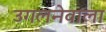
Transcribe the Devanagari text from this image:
उगलनेवाला